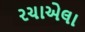
રચાએલા